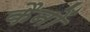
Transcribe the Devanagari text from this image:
कैनों